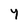
Character: Y